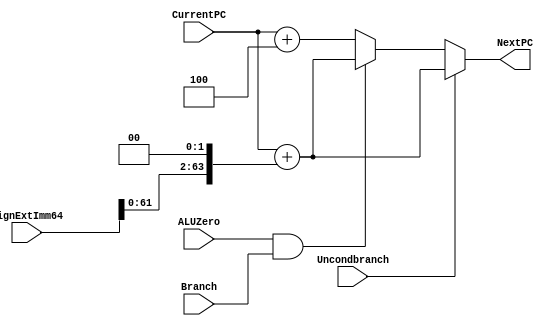
module NextPCLogic(NextPC, CurrentPC, SignExtImm64, Branch, ALUZero, Uncondbranch); 
    input [63:0] CurrentPC, SignExtImm64; 
    input Branch, ALUZero, Uncondbranch; 
    output reg [63:0] NextPC; 

always @ (*)
begin
    if (Uncondbranch) // B Instructions
	NextPC = CurrentPC + (SignExtImm64 << 2);
    else if (ALUZero && Branch) // CB Instructions
	NextPC = CurrentPC + (SignExtImm64 << 2);
    else // Default case
	NextPC = CurrentPC + 4;
end	
	
endmodule